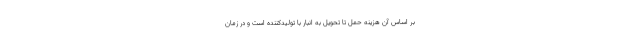
بر اساس آن هزینه حمل تا تحویل به انبار با تولیدکننده است و در زمان